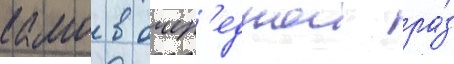
камо в очер'еднои ра́з